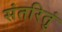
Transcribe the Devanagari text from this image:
संतरितुं